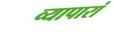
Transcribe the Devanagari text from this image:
व्यापारां